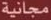
مجانية